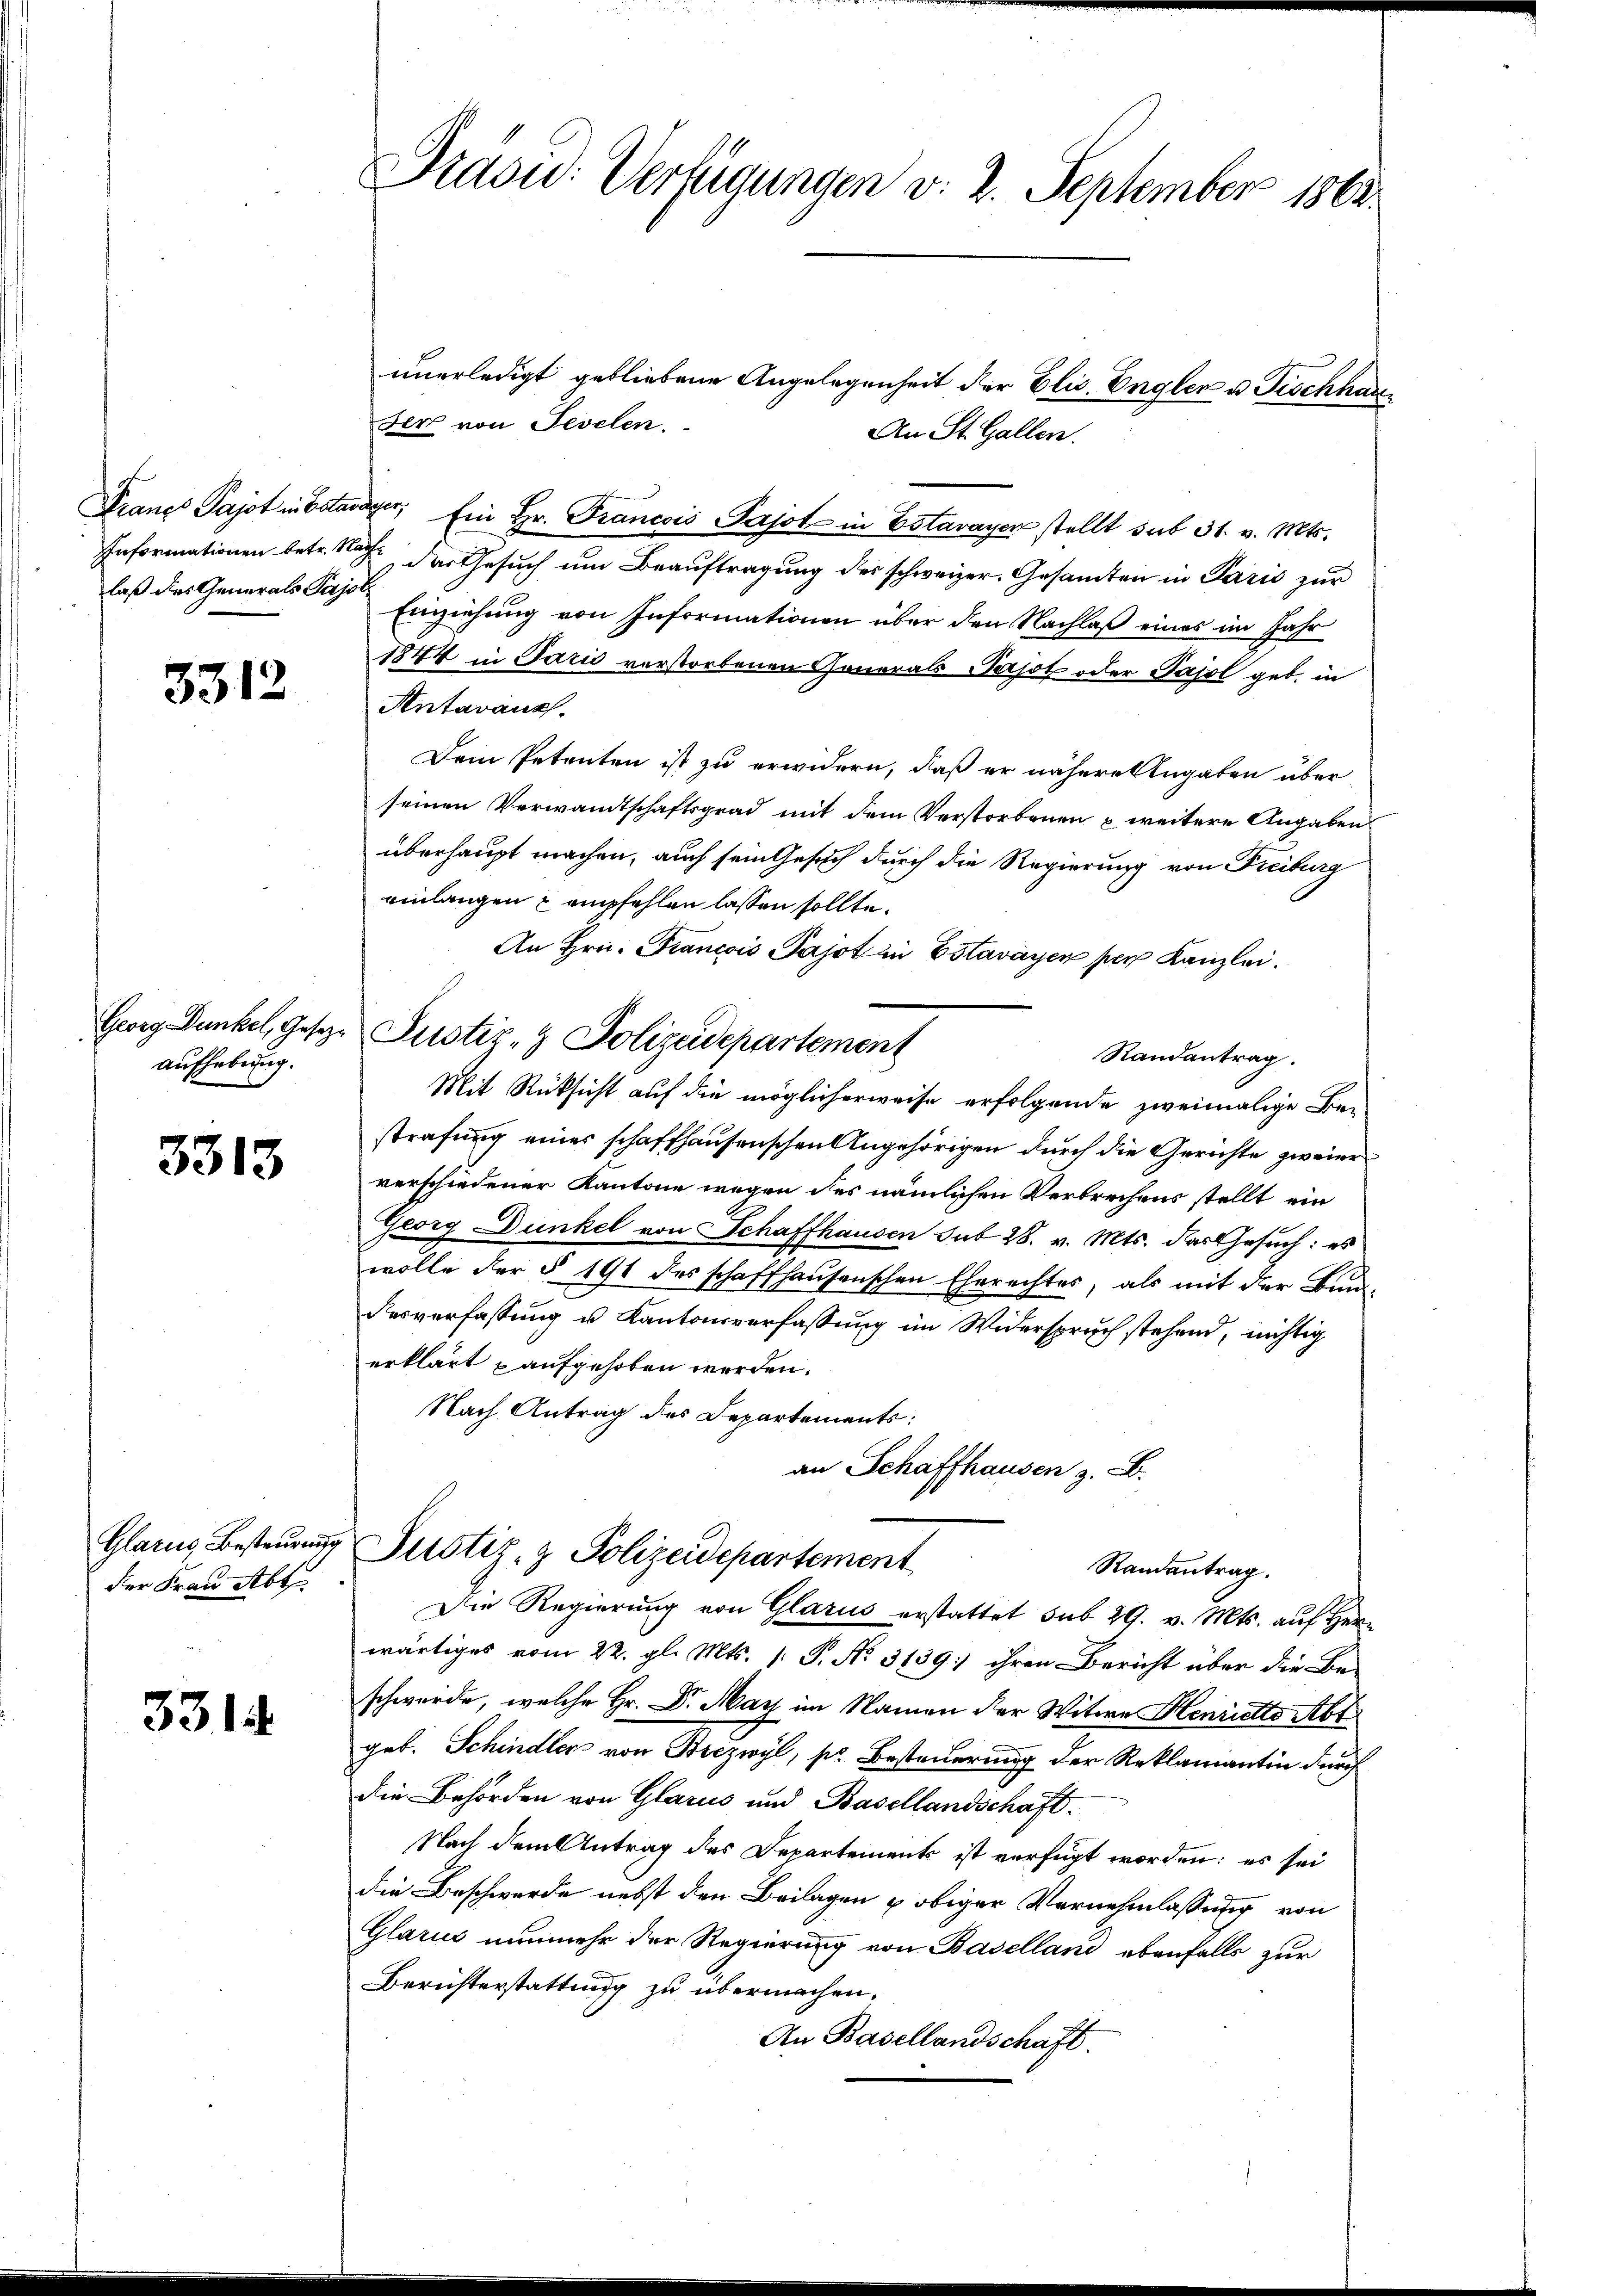
Franco Pajot in Bestan
Informationen betr. Na
laß des Generals Pajo

5312

Georg Dunkel, Gesetz¬
Aufhebung.

3313

der Frau Abt

3314

Praoid: Verfügungen v. 2. September 1863.

unerledigt gebliebene Angelegenheit der Elis. Engler u. Fischhau
der von Seelen.
An St. Gallen.
rayer, Ein Hr. Francois Pajot in Estavayer stellt sub 31. v. Mts.
) der Gesŭch ŭm Beaŭftragung des schweizer. Gesamten in Paris zŭr
Einziehung von Informationen über den Nachlaß eines im Jahr
1844 in Parić verstorbenen Gonorals Pasot oder Pajol geb. in
Antaranz.
Dem Petenten ist zu erwidern, daß er nähere Angaben über
seinen Verwandtschaftsgrad mit dem Verstorbenen & weitere Angaben
überhaupt machen, auch sein Gesuch durch die Regierung von Freiburg
einlangen & empfehlen lassen sollte.
An Hrn. Francois Pajot in Estavayen per Kanzlei.
Justiz- & Polizeidepartement
Randantrag.
Mit Rücksicht auf die möglicherweise erfolgende zweimalige Be-
strafung einer schaffhausenschen Angehörigen durch die Gerichte zweier
verschiedener Kantone wegen des nämlichen Verbrechens stellt ein
Georg Dunkel von Schaffhausen sub 28. v. Mts. das Gesuch: es
wolle der § 191 des schaffhausenschen Eherechtes, als mit der Bun-
desverfassung u. Kantonsverfassung im Widerspruch stehend, nichtig
erklärt aufgehoben werden.
Nach Antrag des Departements:
an Schaffhausen z. B.

Glarus Besteŭerŭng Justiz- & Polizeidepartement
Randantrag.

Die Regierung von Glarus erstattet sub 29. v. Mts. auf Herwärtiges vom 22. gl. Mts. [: P. No. 3139] ihren Bericht über die Be-
schwerde, welche Hr. Dr. May im Namen der Witwe Henriette Abt
geb. Schindler von Brezwyl, pr Besteuerung der Reklamantin durch
die Behörden von Glarus und Basellandschaft.
Nach dem Antrag des Departement ist verfügt worden; es sei
die Beschwerde nebst den Beilagen u obiger Vornehmlassung von
Glarus nunmehr der Regierung von Baselland ebenfalls zur
Berichterstattung zu übermachen.
An Basellandschaft.